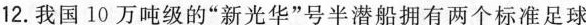
12.我国10万吨级的”新光华”号半潜船拥有两个标准足球